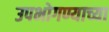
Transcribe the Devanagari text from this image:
उपभोगण्याच्या